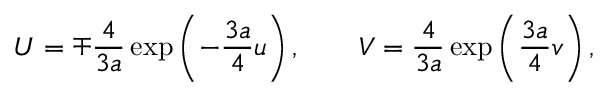
U = \mp \frac { 4 } { 3 a } \exp \left( - \frac { 3 a } { 4 } u \right) , \quad \quad V = \frac { 4 } { 3 a } \exp \left( \frac { 3 a } { 4 } v \right) ,